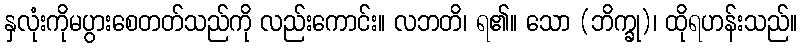
နှလုံးကိုမပွားစေတတ်သည်ကို လည်းကောင်း။ လဘတိ၊ ရ၏။ သော (ဘိက္ခု)၊ ထိုရဟန်းသည်။